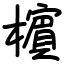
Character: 㯽